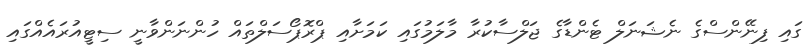
ގައި ފިނޭންސްގެ ނެޝަނަލް ޓެންޑާގެ ޖަލްސާކުރާ މާލަމުގައި ކަމަށާއި ޕްރޮޕޯސަލްތައް ހުންނަންވާނީ ސިޓީއުރައެއްގައި